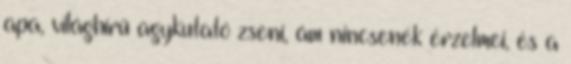
apa, világhírű agykutató zseni, ám nincsenek érzelmei, és a